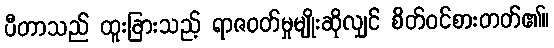
ပီတာသည် ထူးခြားသည့် ရာဇဝတ်မှုမျိုးဆိုလျှင် စိတ်ဝင်စားတတ်၏။